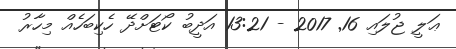
ޢަލީ ޖުލައި 16